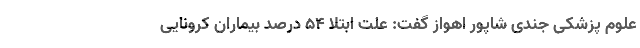
علوم پزشکی جندی شاپور اهواز گفت: علت ابتلا ۵۴ درصد بیماران کرونایی